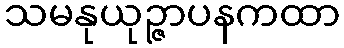
သမနုယုဉ္ဇာပနကထာ